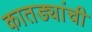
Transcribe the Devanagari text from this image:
कातड्यांची